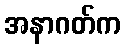
အနာဂတ်က